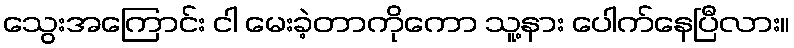
သွေးအကြောင်း ငါ မေးခဲ့တာကိုကော သူ့နား ပေါက်နေပြီလား။